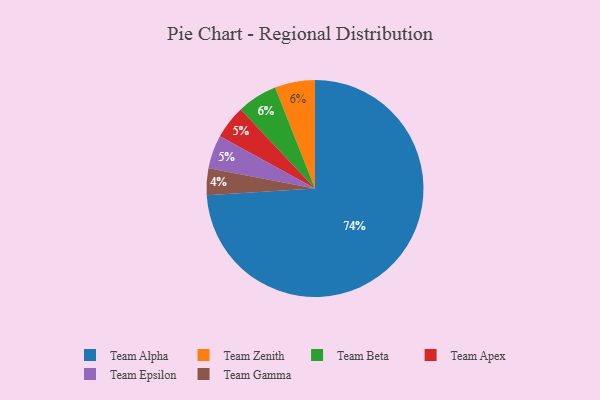
{"axis": {"x": "Category", "y": "Percentage"}, "legend": ["Team Alpha", "Team Apex", "Team Beta", "Team Epsilon", "Team Gamma", "Team Zenith"], "data": [{"x": "Team Apex", "y": 5, "type": "Team Apex"}, {"x": "Team Alpha", "y": 74, "type": "Team Alpha"}, {"x": "Team Zenith", "y": 6, "type": "Team Zenith"}, {"x": "Team Beta", "y": 6, "type": "Team Beta"}, {"x": "Team Epsilon", "y": 5, "type": "Team Epsilon"}, {"x": "Team Gamma", "y": 4, "type": "Team Gamma"}]}